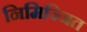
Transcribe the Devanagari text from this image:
निमिज्जित